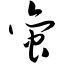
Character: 蛮